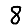
Digit: 8